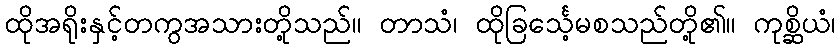
ထိုအရိုးနှင့်တကွအသားတို့သည်။ တာသံ၊ ထိုခြင်္သေ့မစသည်တို့၏။ ကုစ္ဆိယံ၊